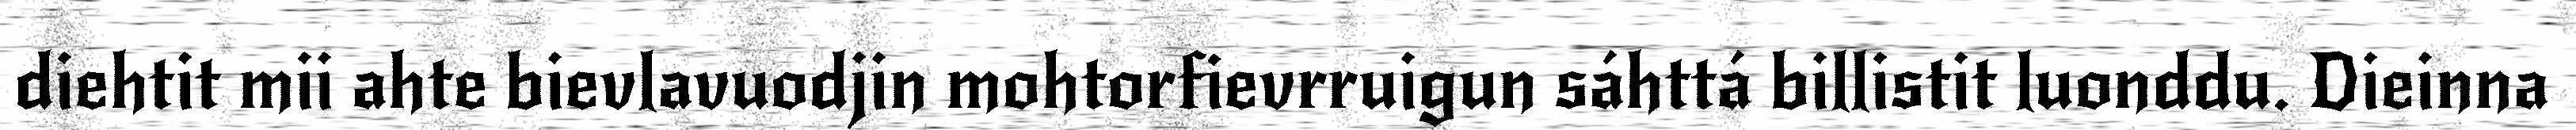
diehtit mii ahte bievlavuodjin mohtorfievrruigun sáhttá billistit luonddu. Dieinna